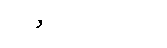
ထိုဇာတ်ကားတွင်